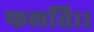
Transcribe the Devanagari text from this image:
फलति।।